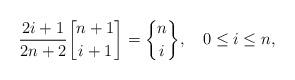
LaTeX: \begin{align*} \frac{2i+1}{2n+2}{n+1\brack i+1} = {n \brace i}, \quad0\leq i \leq n,\end{align*}